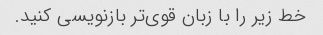
خط زیر را با زبان قوی‌تر بازنویسی کنید.